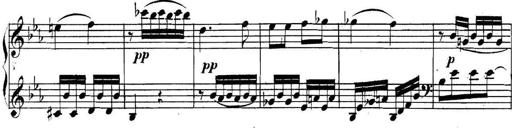
Title: Collected Piano Sonatas
Composer: Muzio Clementi